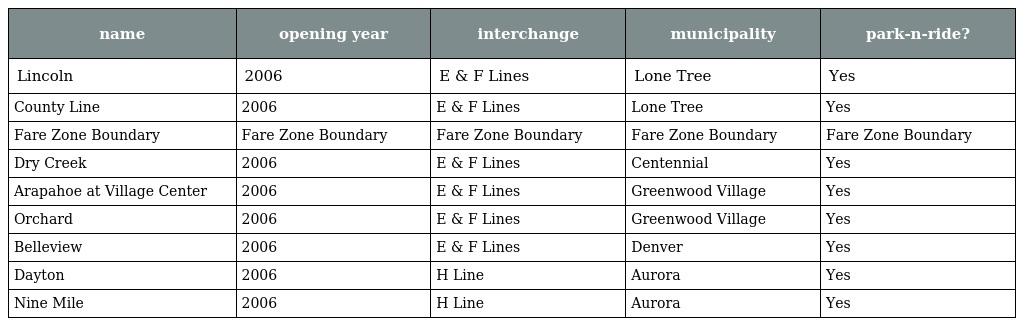
| name | opening year | interchange | municipality | park-n-ride? |
 | --- | --- | --- | --- | --- |
 | Lincoln | 2006 | E & F Lines | Lone Tree | Yes |
 | County Line | 2006 | E & F Lines | Lone Tree | Yes |
 | Fare Zone Boundary | Fare Zone Boundary | Fare Zone Boundary | Fare Zone Boundary | Fare Zone Boundary |
 | Dry Creek | 2006 | E & F Lines | Centennial | Yes |
 | Arapahoe at Village Center | 2006 | E & F Lines | Greenwood Village | Yes |
 | Orchard | 2006 | E & F Lines | Greenwood Village | Yes |
 | Belleview | 2006 | E & F Lines | Denver | Yes |
 | Dayton | 2006 | H Line | Aurora | Yes |
 | Nine Mile | 2006 | H Line | Aurora | Yes |